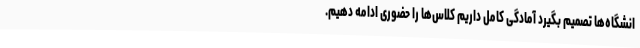
انشگاه‌ها تصمیم بگیرد آمادگی کامل داریم کلاس‌ها را حضوری ادامه دهیم.